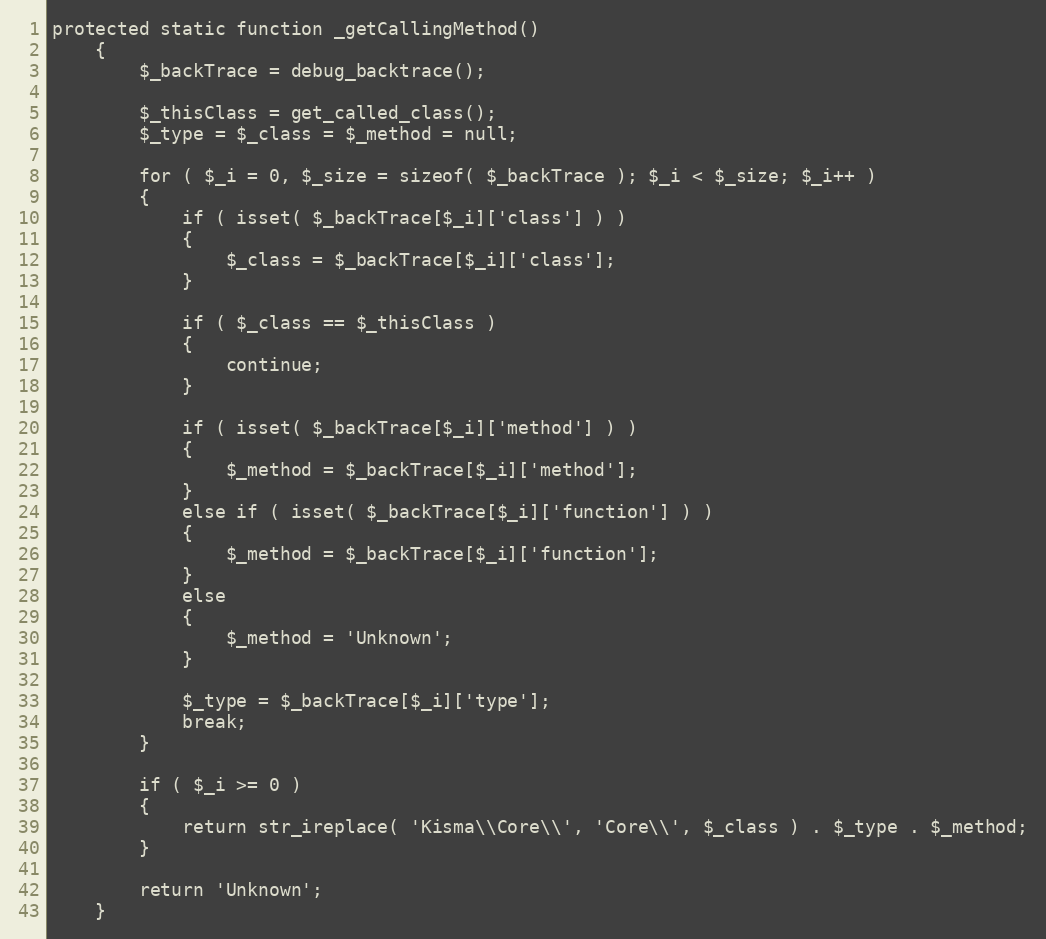
Language: PHP
protected static function _getCallingMethod()
    {
        $_backTrace = debug_backtrace();

        $_thisClass = get_called_class();
        $_type = $_class = $_method = null;

        for ( $_i = 0, $_size = sizeof( $_backTrace ); $_i < $_size; $_i++ )
        {
            if ( isset( $_backTrace[$_i]['class'] ) )
            {
                $_class = $_backTrace[$_i]['class'];
            }

            if ( $_class == $_thisClass )
            {
                continue;
            }

            if ( isset( $_backTrace[$_i]['method'] ) )
            {
                $_method = $_backTrace[$_i]['method'];
            }
            else if ( isset( $_backTrace[$_i]['function'] ) )
            {
                $_method = $_backTrace[$_i]['function'];
            }
            else
            {
                $_method = 'Unknown';
            }

            $_type = $_backTrace[$_i]['type'];
            break;
        }

        if ( $_i >= 0 )
        {
            return str_ireplace( 'Kisma\\Core\\', 'Core\\', $_class ) . $_type . $_method;
        }

        return 'Unknown';
    }